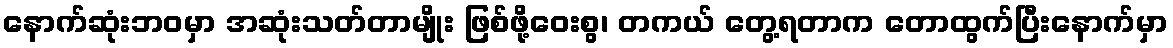
နောက်ဆုံးဘဝမှာ အဆုံးသတ်တာမျိုး ဖြစ်ဖို့ဝေးစွ၊ တကယ် တွေ့ရတာက တောထွက်ပြီးနောက်မှာ